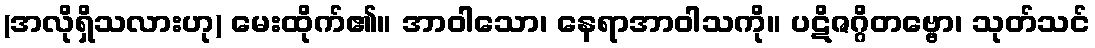
(အလိုရှိသလားဟု) မေးထိုက်၏။ အာဝါသော၊ နေရာအာဝါသကို။ ပဋိဇဂ္ဂိတဗ္ဗော၊ သုတ်သင်